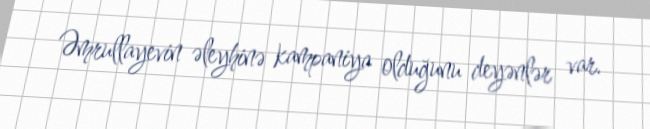
Əmrullayevin əleyhinə kampaniya olduğunu deyənlər var.